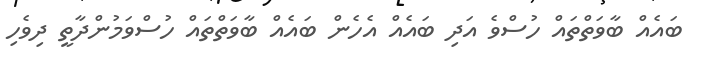
ބައެއް ބާވަތްތައް ހުސްވެ އަދި ބައެއް އެހެން ބައެއް ބާވަތްތައް ހުސްވަމުންދާތީ ދިވެހި